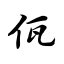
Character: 佤